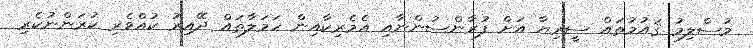
މުސްލިމު ޤައުމުތައް ސީރިޔާ އަށް ފުރާންސުންނާއި އެމެރިކާއިން ހަމަލާތައް ދޭއިރު ކުއްވެރި ކުރަންނުކެރި